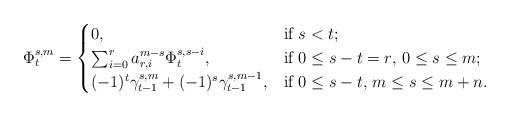
LaTeX: \begin{align*} \Phi^{s,m}_t = \begin{cases}0, & \mbox{if $s < t$}; \\\sum_{i=0}^{r} a^{m-s}_{r,i}\Phi_{t}^{s,s-i}, & \mbox{if $0 \leq s-t= r$, $0 \leq s \leq m$};\\(-1)^{t} \gamma_{t-1}^{s,m} + (-1)^s \gamma_{t-1}^{s,m-1}, & \mbox{if $0 \leq s-t$, $m \leq s \leq m+n$}. \end{cases} \end{align*}